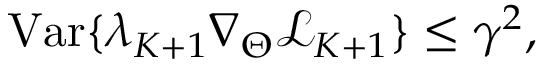
\mathrm { V a r } \{ \lambda _ { K + 1 } \nabla _ { \Theta } \mathcal { L } _ { K + 1 } \} \le \gamma ^ { 2 } ,